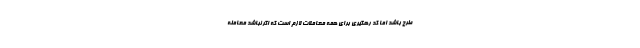
طرح باشد اما کد رهگیری برای همه معاملات لازم است که اگر نباشد معامله